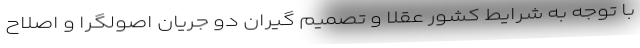
با توجه به شرایط کشور عقلا و تصمیم گیران دو جریان اصولگرا و اصلاح